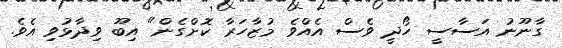
ގާނޫނު އަސާސީ ހޯދީ ވެސް އެއްވެ މުޒާހަރާ ކޮށްގެން" އިބޫ ވިދާޅުވި އެވެ.